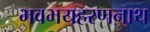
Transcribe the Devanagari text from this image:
भवभयहरणनाथ